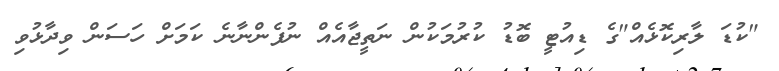
"ކުޑަ ލާރިކޮޅެއް"ގެ ޑިއުޓީ ބޮޑު ކުރުމަކުން ނަތީޖާއެއް ނުފެންނާނެ ކަމަށް ހަސަން ވިދާޅުވި